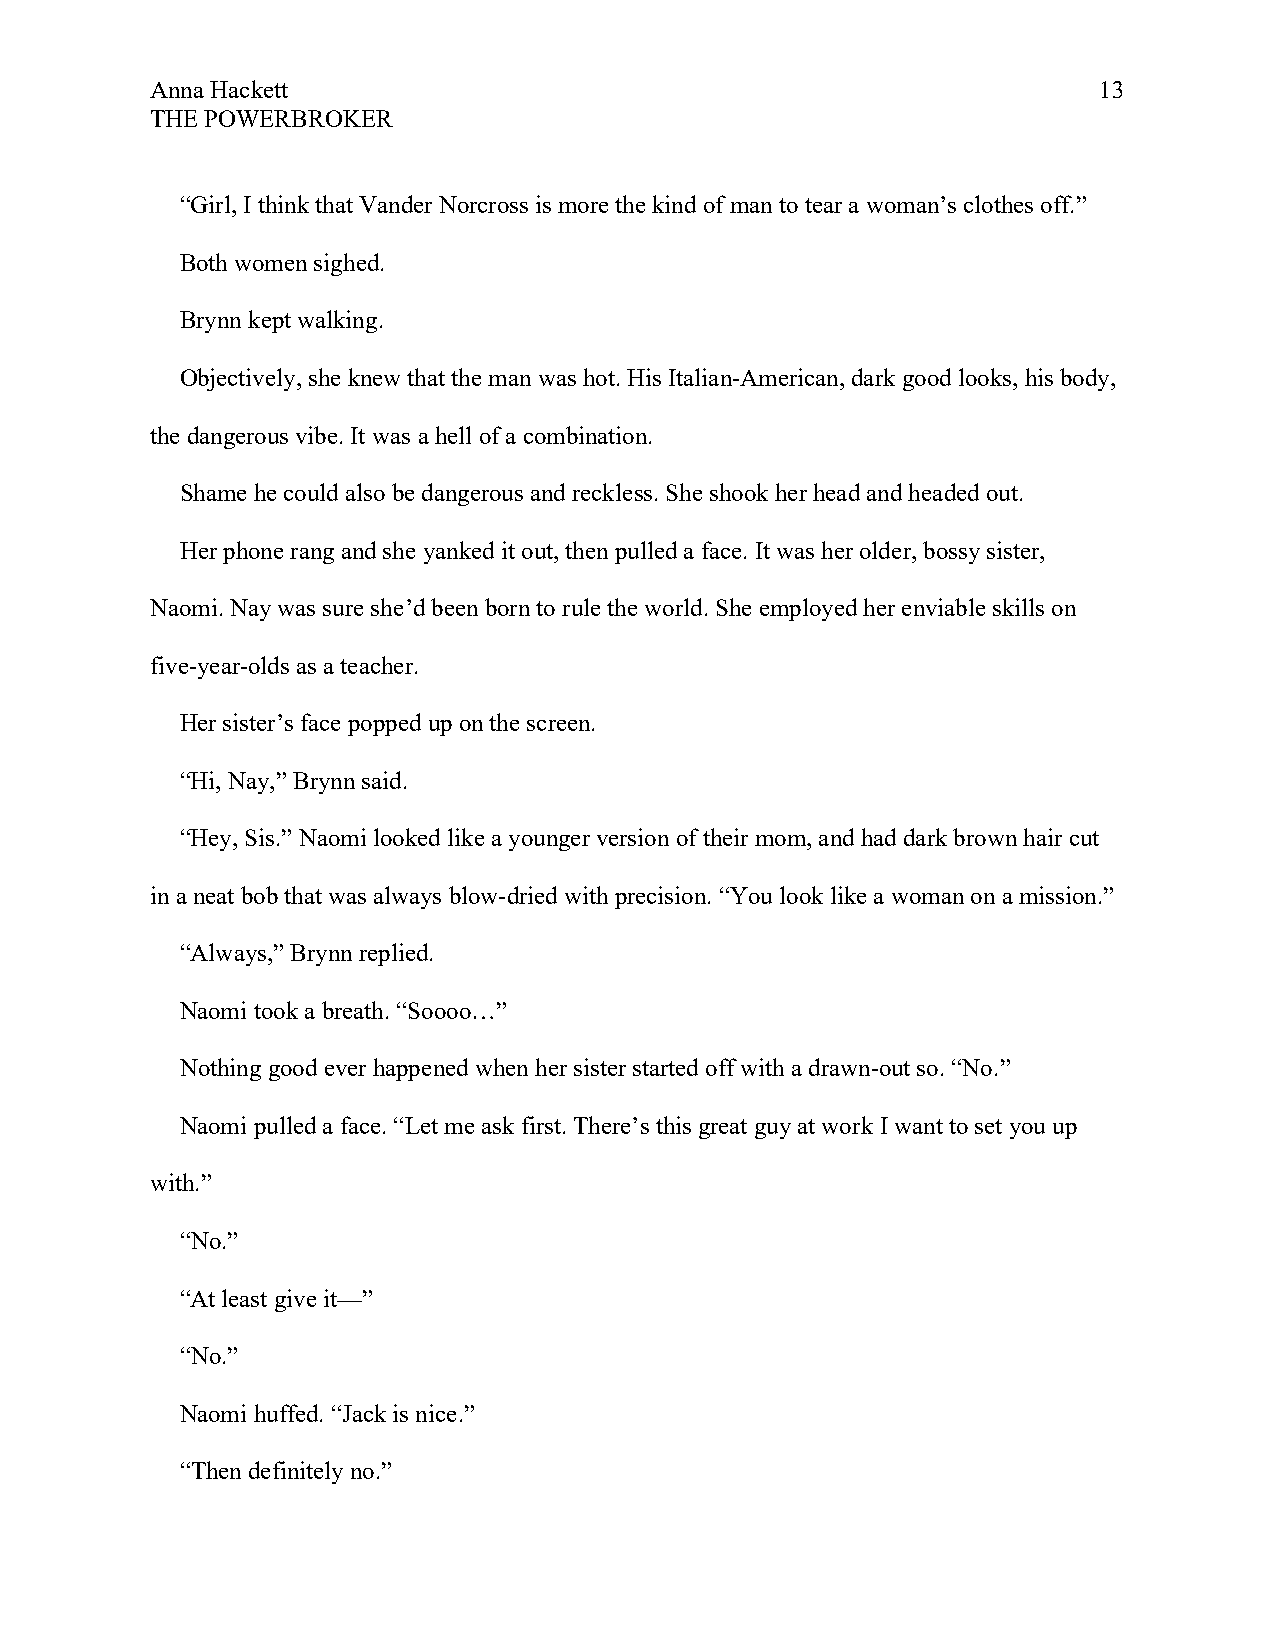
Anna Hackett                                                   13
 THE POWERBROKER
 “Girl, I think that Vander Norcross is more the kind of man to tear a woman’s clothes off.”
 Both women sighed.
 Brynn kept walking.
 Objectively, she knew that the man was hot. His Italian-American, dark good looks, his body,
 the dangerous vibe. It was a hell of a combination.
 Shame he could also be dangerous and reckless. She shook her head and headed out.
 Her phone rang and she yanked it out, then pulled a face. It was her older, bossy sister,
 Naomi. Nay was sure she’d been born to rule the world. She employed her enviable skills on
 five-year-olds as a teacher.
 Her sister’s face popped up on the screen.
 “Hi, Nay,” Brynn said.
 “Hey, Sis.” Naomi looked like a younger version of their mom, and had dark brown hair cut
 in a neat bob that was always blow-dried with precision. “You look like a woman on a mission.”
 “Always,” Brynn replied.
 Naomi took a breath. “Soooo…”
 Nothing good ever happened when her sister started off with a drawn-out so. “No.”
 Naomi pulled a face. “Let me ask first. There’s this great guy at work I want to set you up
 with.”
 “No.”
 “At least give it—”
 “No.”
 Naomi huffed. “Jack is nice.”
 “Then definitely no.”